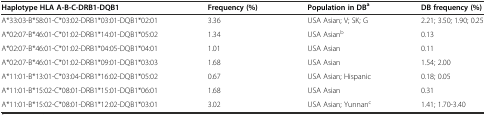
<table><thead><tr><td><b>Haplotype HLA A-B-C-DRB1-DQB1</b></td><td><b>Frequency (%)</b></td><td><b>Population in DB<sup>a</sup></b></td><td><b>DB frequency (%)</b></td></tr></thead><tbody><tr><td>A*33:03-B*58:01-C*03:02-DRB1*03:01-DQB1*02:01</td><td>3.36</td><td>USA Asian; V; SK; G</td><td>2.21; 3.50; 1.90; 0.25</td></tr><tr><td>A*02:07-B*46:01-C*01:02-DRB1*14:01-DQB1*05:02</td><td>1.34</td><td>USA Asian<sup>b</sup></td><td>0.13</td></tr><tr><td>A*02:07-B*46:01-C*01:02-DRB1*04:05-DQB1*04:01</td><td>1.01</td><td>USA Asian</td><td>0.11</td></tr><tr><td>A*02:07-B*46:01-C*01:02-DRB1*09:01-DQB1*03:03</td><td>1.68</td><td>USA Asian</td><td>1.54; 2.00</td></tr><tr><td>A*11:01-B*13:01-C*03:04-DRB1*16:02-DQB1*05:02</td><td>0.67</td><td>USA Asian; Hispanic</td><td>0.18; 0.05</td></tr><tr><td>A*11:01-B*15:02-C*08:01-DRB1*15:01-DQB1*06:01</td><td>1.68</td><td>USA Asian</td><td>0.31</td></tr><tr><td>A*11:01-B*15:02-C*08:01-DRB1*12:02-DQB1*03:01</td><td>3.02</td><td>USA Asian; Yunnan<sup>c</sup></td><td>1.41; 1.70-3.40</td></tr></tbody></table>